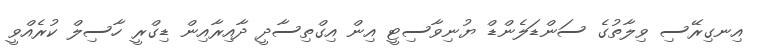
އިނގިރޭސި ވިލާތުގެ ސަންޑަލެންޑް ޔުނިވާސިޓީ އިން އިގްތިސާދީ ދާއިރާއިން ޑިގްރީ ހާސިލް ކުރެއްވީ